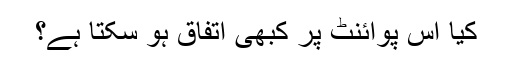
کیا اس پوائنٹ پر کبھی اتفاق ہو سکتا ہے؟